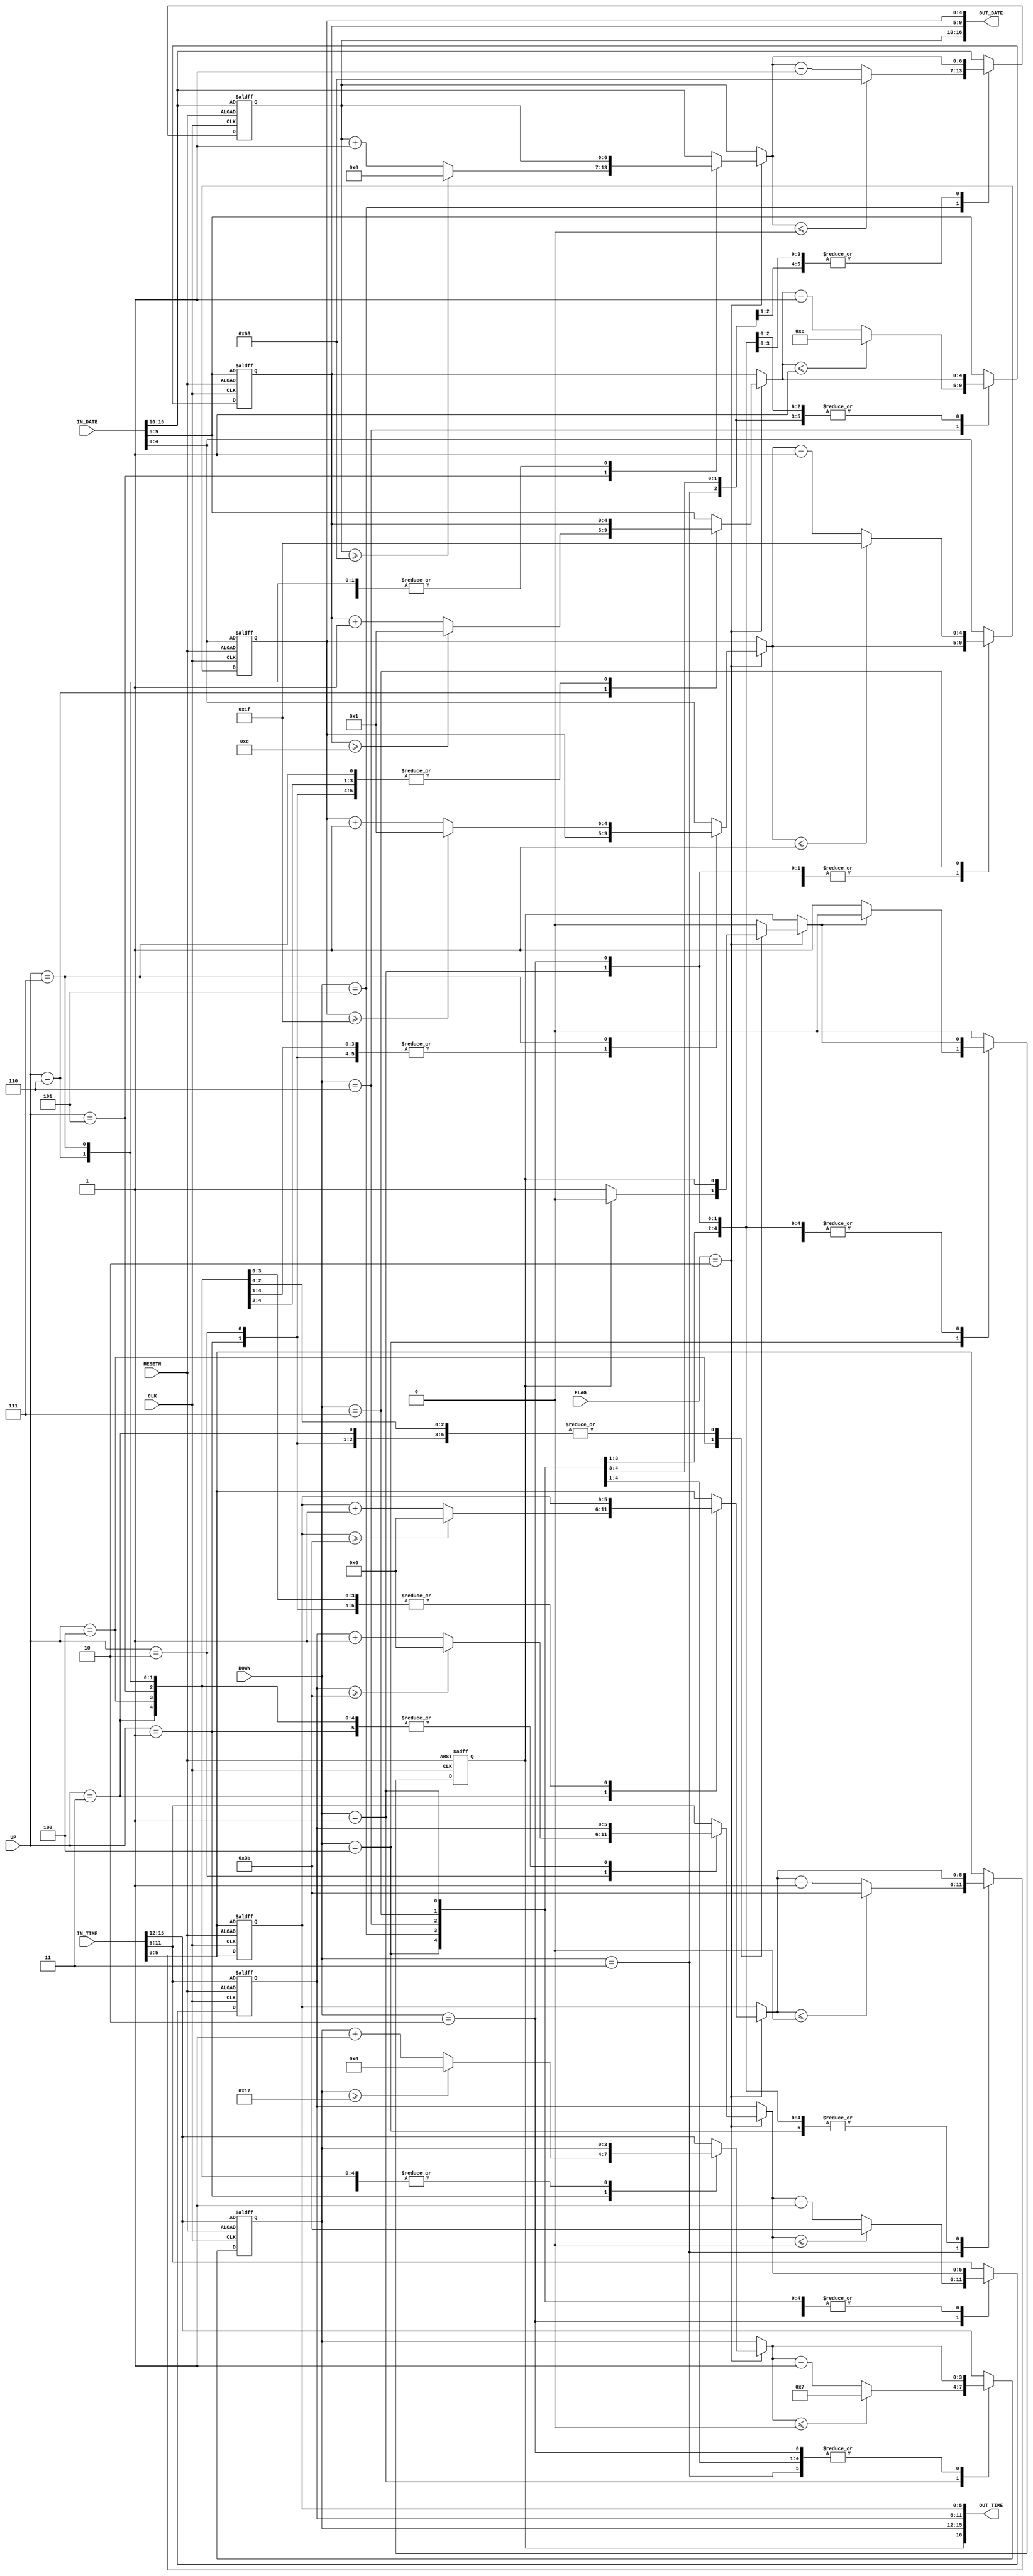
module TIME_CONT(
	RESETN, CLK,
	IN_TIME, IN_DATE,
	FLAG, UP, DOWN,
	OUT_TIME, OUT_DATE
);

input RESETN, CLK;
input [16:0] IN_TIME, IN_DATE;
input [2:0] FLAG;
input [2:0] UP, DOWN;
output wire [16:0] OUT_TIME, OUT_DATE;

/* FLAG BUFF */
parameter FLAG_CONTROL_STATE = 3'b010;
			 
/* CONTROL SELECTER LIST */
parameter CONT_NO = 3'b000,
			 CONT_HOUR = 3'b001,
			 CONT_MIN = 3'b010,
			 CONT_SEC = 3'b011,
			 CONT_MERIDIAN = 3'b100,
			 CONT_YEAR = 3'b101,
			 CONT_MONTH = 3'b110,
			 CONT_DAY = 3'b111;
			 
/* MERIDIAN LIST */
parameter AM = 0,
			 PM = 1;
			 
reg MERIDIAN;
reg [3:0] HOUR;
reg [5:0] MIN, SEC;
reg [6:0] YEAR;
reg [4:0] MONTH, DAY;

always @(posedge CLK or negedge RESETN)
begin
		if(~RESETN)
			begin
				HOUR = IN_TIME[15:12]; MIN = IN_TIME[11:6]; SEC = IN_TIME[5:0]
; MERIDIAN = AM;
				YEAR = IN_DATE[16:10]; MONTH = IN_DATE[9:5]; DAY = IN_DATE[4:0];
			end
		else
			begin
				if(FLAG == FLAG_CONTROL_STATE)
					// Up part
					case(UP)
						CONT_HOUR:
							begin
								if(HOUR >= 23)
									HOUR = 0;
								else
									HOUR = HOUR + 1;
							end
						CONT_MIN:
							begin
								if(MIN >= 59)
									MIN = 0;
								else
									MIN = MIN + 1;
							end
						CONT_SEC:
							begin
								if(SEC >= 59)
									SEC = 0;
								else
									SEC = SEC + 1;
							end
						CONT_MERIDIAN:
							begin
								if(MERIDIAN == AM)
									MERIDIAN = PM;
								else
									MERIDIAN = AM;
							end
						CONT_YEAR:
							begin
								if(YEAR >= 99)
									YEAR = 0;
								else
									YEAR = YEAR + 1;
							end
						CONT_MONTH:
							begin
							if(MONTH >= 12)
								MONTH = 1;
							else
								MONTH = MONTH + 1;
							end
						CONT_DAY:
							begin
								if(DAY >= 31)
									DAY = 1;
								else
									DAY = DAY + 1;
							end
						default:
							begin
				HOUR = IN_TIME[15:12]; MIN = IN_TIME[11:6]; SEC = IN_TIME[5:0]
; MERIDIAN = AM;
				YEAR = IN_DATE[16:10]; MONTH = IN_DATE[9:5]; DAY = IN_DATE[4:0];
							end
					endcase
					
					// DOWN part
					case(DOWN)
						CONT_HOUR:
							begin
								if(HOUR <= 0)
									HOUR = 23;
								else
									HOUR = HOUR - 1;
							end
						CONT_MIN:
							begin
								if(MIN <= 0)
									MIN = 59;
								else
									MIN = MIN - 1;
							end
						CONT_SEC:
							begin
								if(SEC <= 0)
									SEC = 59;
								else
									SEC = SEC - 1;
							end
						CONT_MERIDIAN:
							begin
								if(MERIDIAN == AM)
									MERIDIAN = PM;
								else
									MERIDIAN = AM;
							end
						CONT_YEAR:
							begin
								if(YEAR <= 0)
									YEAR = 99;
								else
									YEAR = YEAR - 1;
							end
						CONT_MONTH:
							begin
								if(MONTH <= 1)
									MONTH = 12;
								else
									MONTH = MONTH - 1;
							end
						CONT_DAY:
							begin
								if(DAY <= 1)
									DAY = 31;
								else
									DAY = DAY - 1;
							end
						default:
							begin
				HOUR = IN_TIME[15:12]; MIN = IN_TIME[11:6]; SEC = IN_TIME[5:0]
; MERIDIAN = AM;
				YEAR = IN_DATE[16:10]; MONTH = IN_DATE[9:5]; DAY = IN_DATE[4:0];
							end
					endcase
				end
end

assign OUT_TIME = { MERIDIAN, HOUR, MIN, SEC };
assign OUT_DATE = { YEAR, MONTH, DAY };

endmodule